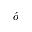
\acute { o }